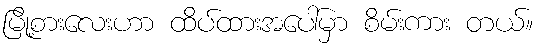
မြို့စားလေးဟာ ထိပ်ထားအပေါ်မှာ စိမ်းကား တယ်။